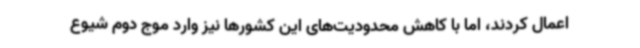
اعمال کردند، اما با کاهش محدودیت‌های این کشورها نیز وارد موج دوم شیوع